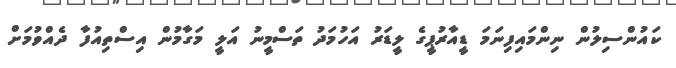
ކައުންސިލުން ނިންމައިފިނަމަ ޑީއާރުޕީގެ ލީޑަރު އަހުމަދު ތަސްމީނު އަލީ މަގާމުން އިސްތިއުފާ ދެއްވުމަށް